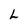
Character: L